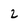
Character: 2